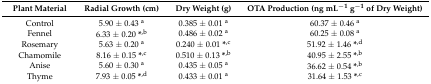
<table><thead><tr><td><b>Plant Material</b></td><td><b>Radial Growth (cm)</b></td><td><b>Dry Weight (g)</b></td><td><b>OTA Production (ng mL<sup>−1</sup> g<sup>−1</sup> of Dry Weight)</b></td></tr></thead><tbody><tr><td>Control</td><td>5.90 ± 0.43 <sup>a</sup></td><td>0.385 ± 0.01 <sup>a</sup></td><td>60.37 ± 0.46 <sup>a</sup></td></tr><tr><td>Fennel</td><td>6.33 ± 0.20 <b>*</b><sup>,b</sup></td><td>0.486 ± 0.02 <sup>a</sup></td><td>60.25 ± 0.08 <sup>a</sup></td></tr><tr><td>Rosemary</td><td>5.63 ± 0.20 <sup>a</sup></td><td>0.240 ± 0.01 <b>*</b><sup>,c</sup></td><td>51.92 ± 1.46 <b>*</b><sup>,d</sup></td></tr><tr><td>Chamomile</td><td>8.16 ± 0.15 <b>*</b><sup>,c</sup></td><td>0.510 ± 0.13 <b>*</b><sup>,b</sup></td><td>40.95 ± 2.55 <b>*</b><sup>,b</sup></td></tr><tr><td>Anise</td><td>5.60 ± 0.30 <sup>a</sup></td><td>0.435 ± 0.05 <sup>a</sup></td><td>36.62 ± 0.54 <b>*</b><sup>,b</sup></td></tr><tr><td>Thyme</td><td>7.93 ± 0.05 <b>*</b><sup>,d</sup></td><td>0.433 ± 0.01 <sup>a</sup></td><td>31.64 ± 1.53 <b>*</b><sup>,c</sup></td></tr></tbody></table>